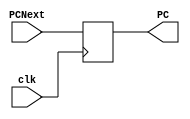
module PC1(
    input clk,
    input [31:0] PCNext,
    output reg [31:0] PC
);

always@(posedge clk)
begin 
PC <= PCNext;
end
endmodule